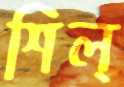
শিল্